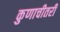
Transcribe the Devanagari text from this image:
कुणाचीतरी